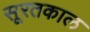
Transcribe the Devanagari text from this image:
सूरतकाल